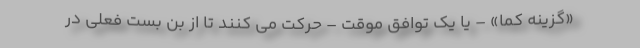
«گزینه کما» – یا یک توافق موقت – حرکت می کنند تا از بن بست فعلی در